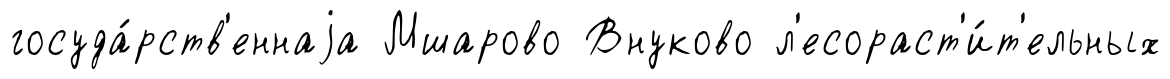
госуда́рств'еннаjа Мшарово Внуково л'есораст'и́т'ельных